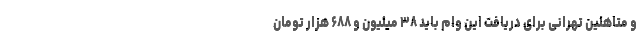
و متاهلین تهرانی برای دریافت این وام باید ۳۸ میلیون و ۶۸۸ هزار تومان